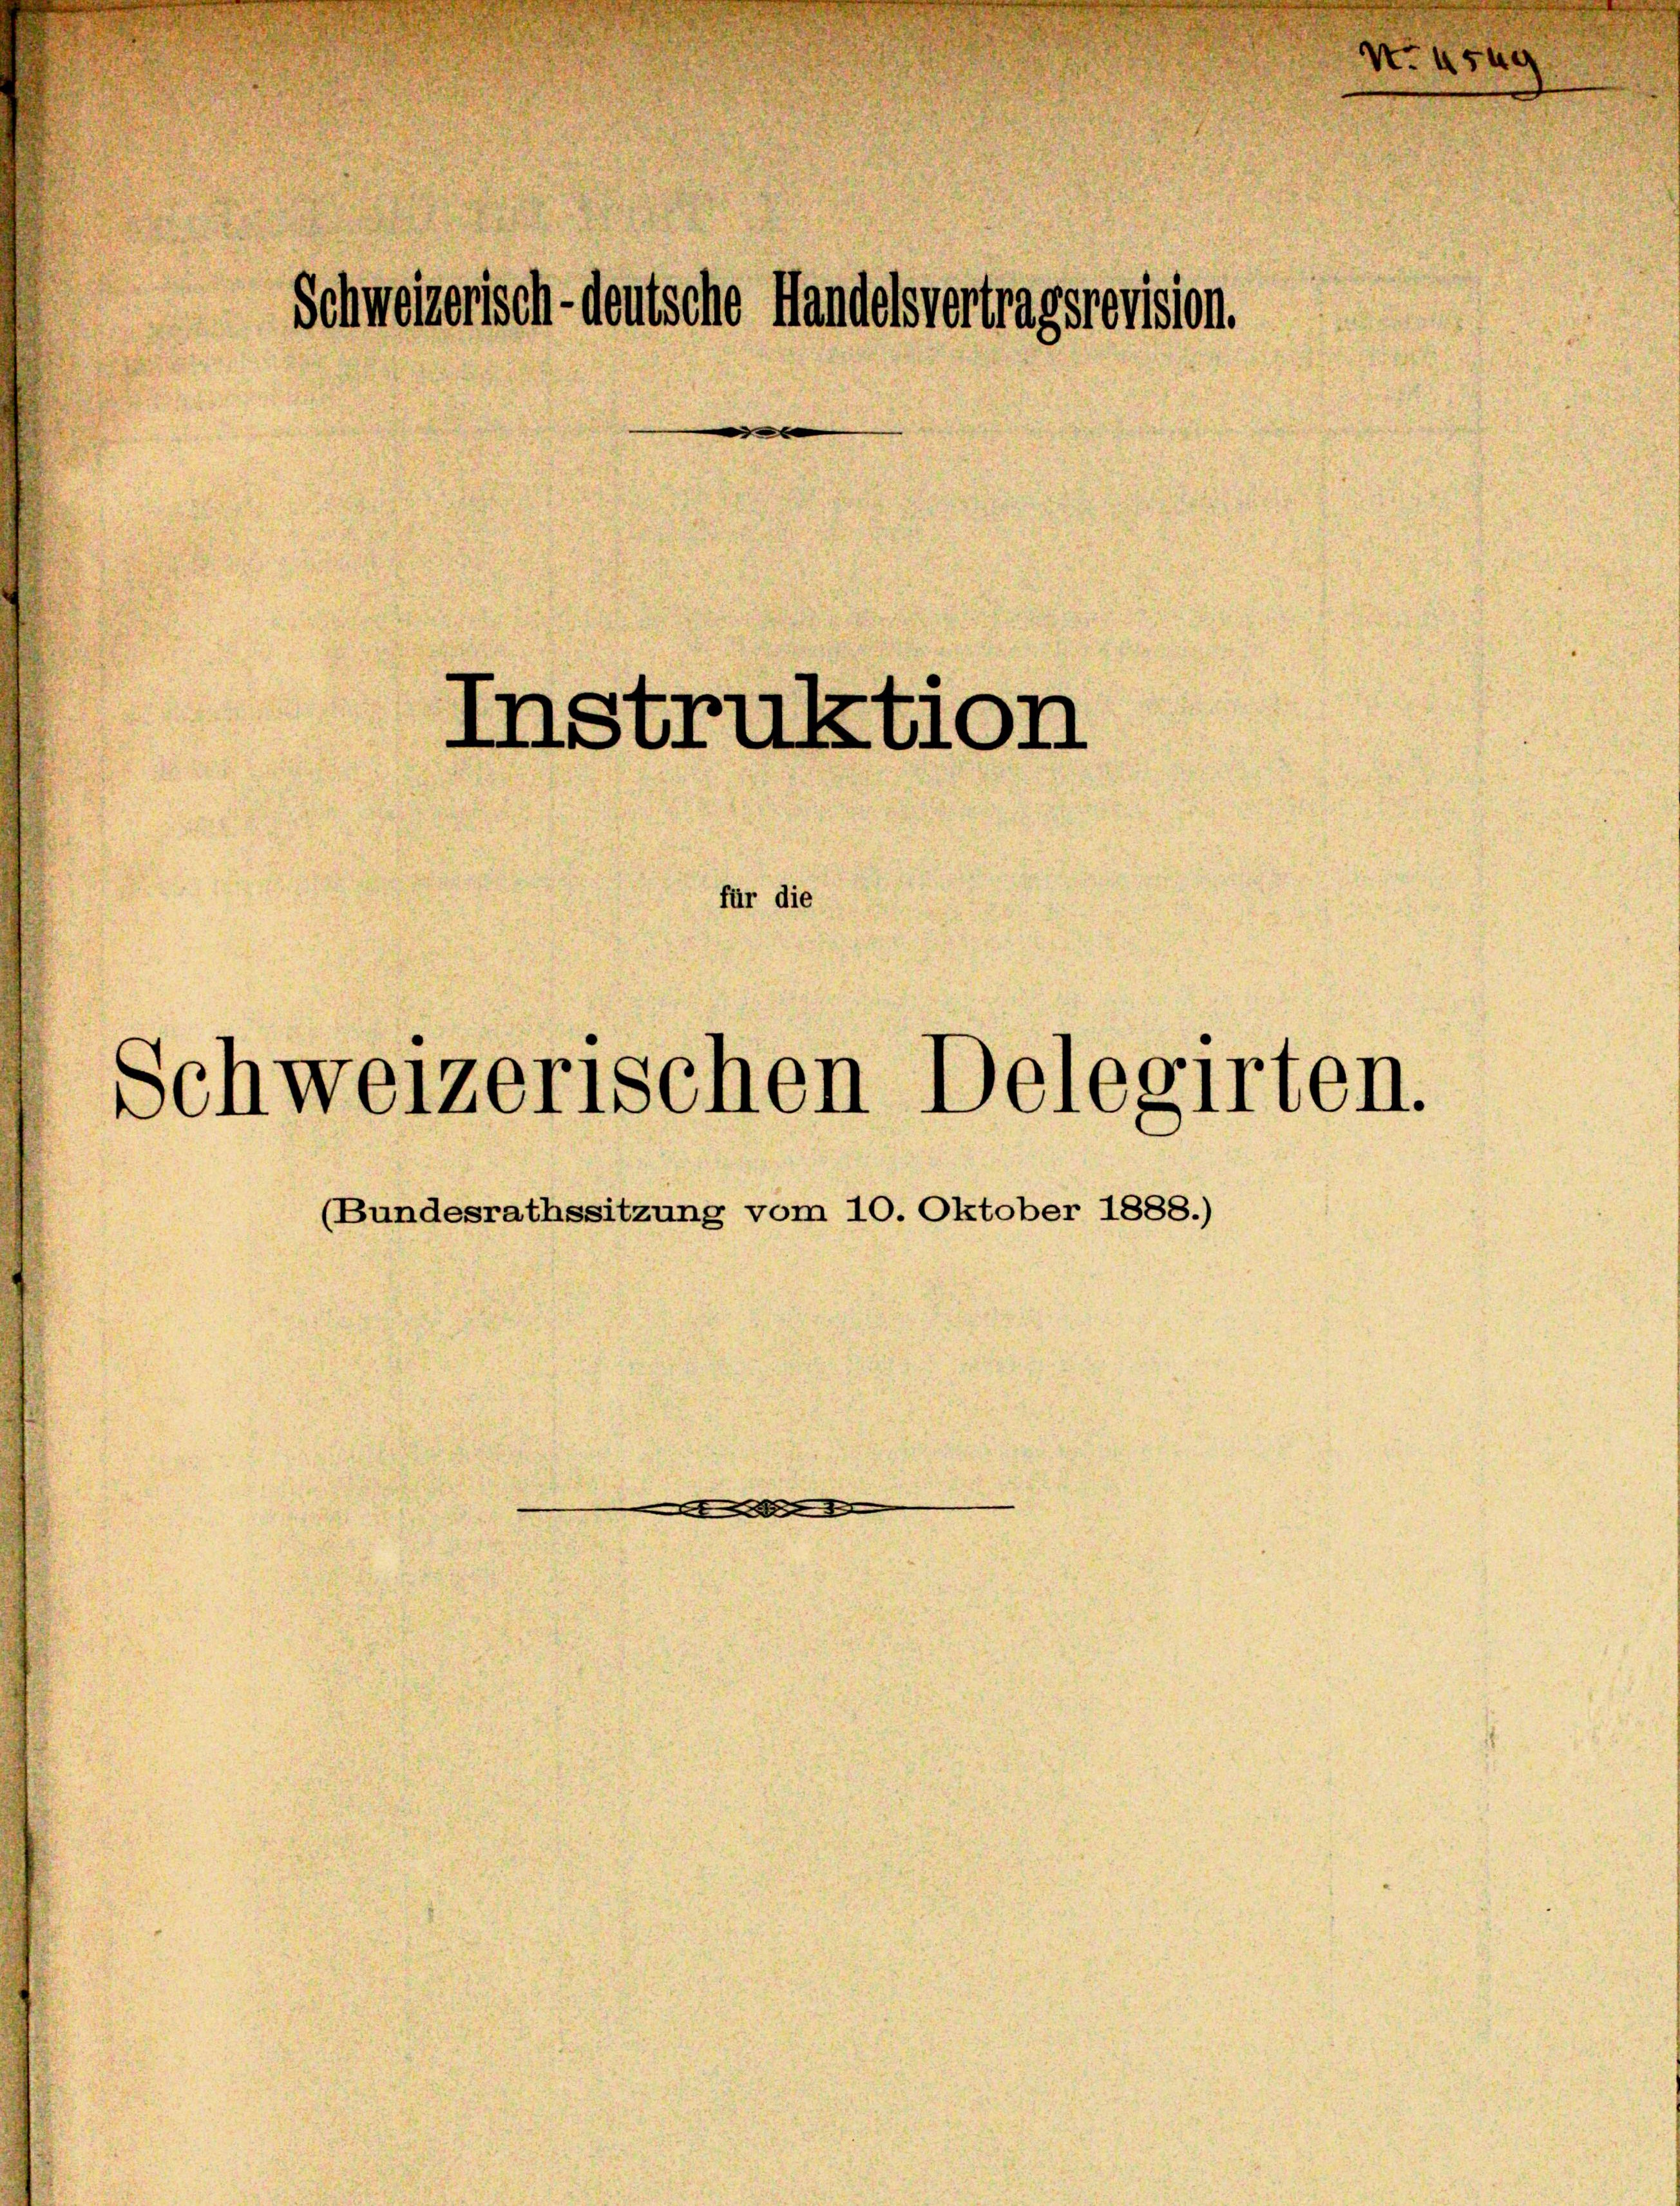
N. 454.

Schweizerisch-deutsche Handelsvertragsrevision.

Instruktion
für die
Schweizerischen Delegirten.

(Bundesraths-
ung vom 10. Oktober 1888.)

.